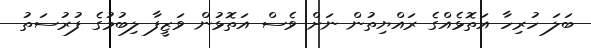
ބަލަ ހުރިހާ އަތޮޅެއްގެ ރައްޔިތުން ނަށް ވެސް އަތޮޅުން ވަޒީފާ ލިބުމުގެ ފުރުސަތު